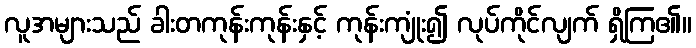
လူအများသည် ခါးတကုန်းကုန်းနှင့် ကုန်းကျုံး၍ လုပ်ကိုင်လျက် ရှိကြ၏။